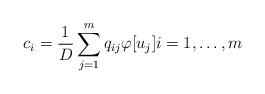
LaTeX: \begin{align*}c_i=\frac1{D}\sum_{j=1}^m q_{ij}\varphi[u_j]i=1,\ldots,m\end{align*}